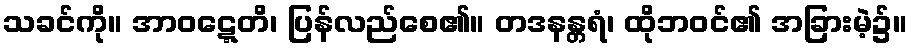
သခင်ကို။ အာဝဋ္ဋေတိ၊ ပြန်လည်စေ၏။ တဒနန္တရံ၊ ထိုဘဝင်၏ အခြားမဲ့၌။